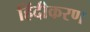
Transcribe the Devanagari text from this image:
हिंदीकरण